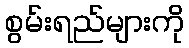
စွမ်းရည်များကို